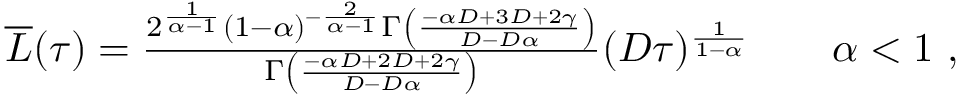
\begin{array} { r } { \overline { { L } } ( \tau ) = \frac { 2 ^ { \frac { 1 } { \alpha - 1 } } ( 1 - \alpha ) ^ { - \frac { 2 } { \alpha - 1 } } \Gamma \left( \frac { - \alpha D + 3 D + 2 \gamma } { D - D \alpha } \right) } { \Gamma \left( \frac { - \alpha D + 2 D + 2 \gamma } { D - D \alpha } \right) } ( D \tau ) ^ { \frac { 1 } { 1 - \alpha } } \qquad \alpha < 1 \ , } \end{array}